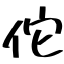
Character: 佗